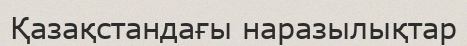
Қазақстандағы наразылықтар